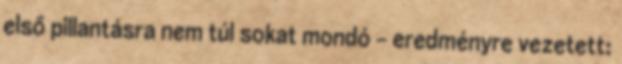
első pillantásra nem túl sokat mondó - eredményre vezetett: